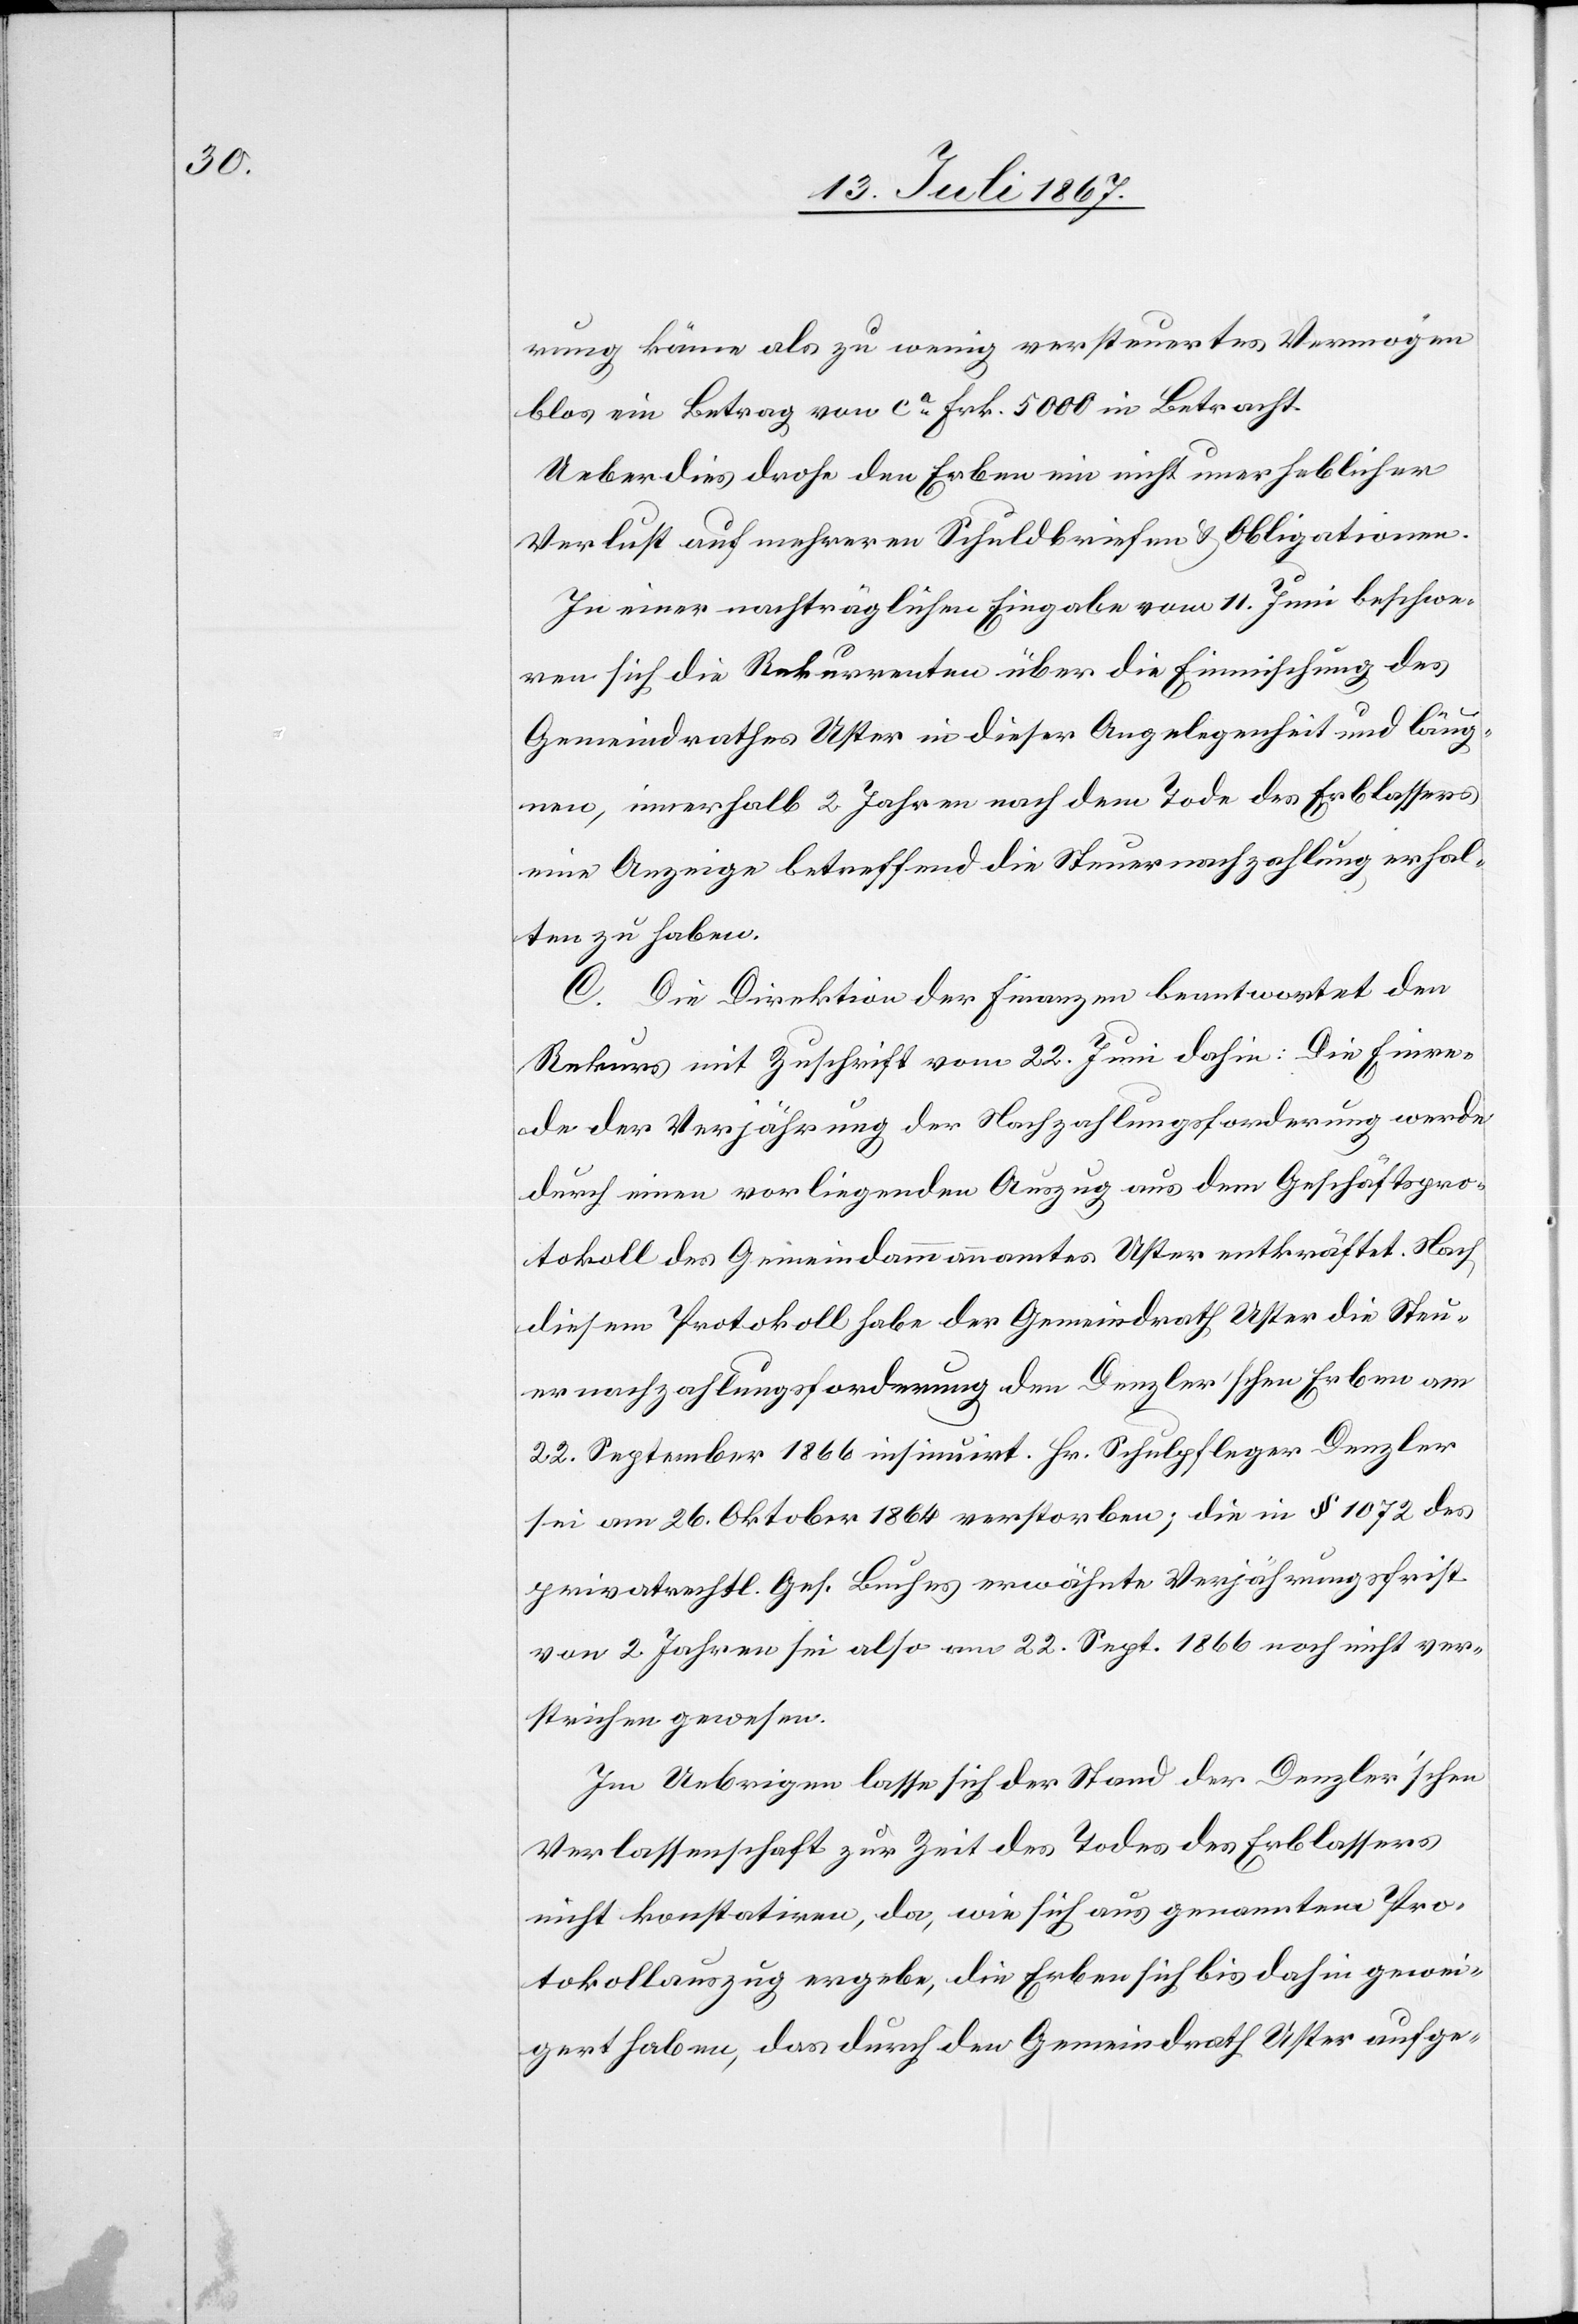
rung käme als zu wenige versteuertes Vermögen
blos ein Betrag von ca. Frk. 5000 in Betracht.
Ueberdies drohe den Erben ein nicht unerheblicher
Verlust auf mehreren Schuldbriefen u. Obligationen.
In einer nachträglichen Eingabe vom 11. Juni beschwe¬
ren sich die Rekurrenten über die Einmischung des
Gemeindrathes Uster in dieser Angelegenheit und läug¬
nen, innerhalb 2 Jahren nach dem Tode des Erblassers
eine Anzeige betreffend die Steuernachzahlung erhal¬
ten zu haben.
C. Die Direktion der Finanzen beantwortet den
Rekurs mit Zuschrift vom 22. Juni dahin: Die Einre¬
de der Verjährung der Nachzahlungsforderung werde
durch einen vorliegenden Auszug aus dem Geschäftspro¬
tokoll des Gemeindammannamtes Uster entkräftet. Nach
diesem Protokoll habe der Gemeindrath Uster die Steu¬
ernachzahlungsforderung den Denzler’schen Erben am
22. September 1866 insinuirt. Hr. Schulpfleger Denzler
sei am 26. Oktober 1864 verstorben; die in § 1072 des
privatrechtl. Ges. Buches erwähnte Verjährungsfrist
von 2 Jahren sei also am 22. Sept 1866 noch nicht ver¬
strichen gewesen.
Im Uebrigen lasse sich der Stand der Denzler’schen
Verlassenschaft zur Zeit des Todes des Erblassers
nicht konstatiren, da, wie sich aus genanntem Pro¬
tokollauszug ergebe, die Erben sich bis dahin gewei¬
gert haben, das durch den Gemeindrath Uster aufge-